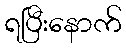
ရပြီးနောက်